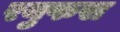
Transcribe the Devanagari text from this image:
रयुफस